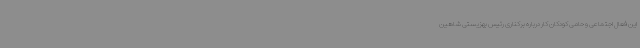
این فعال اجتماعی و حامی کودکان کار درباره برکناری رئیس بهزیستی شاهین